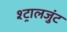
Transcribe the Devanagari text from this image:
श्ट्रालजुंट